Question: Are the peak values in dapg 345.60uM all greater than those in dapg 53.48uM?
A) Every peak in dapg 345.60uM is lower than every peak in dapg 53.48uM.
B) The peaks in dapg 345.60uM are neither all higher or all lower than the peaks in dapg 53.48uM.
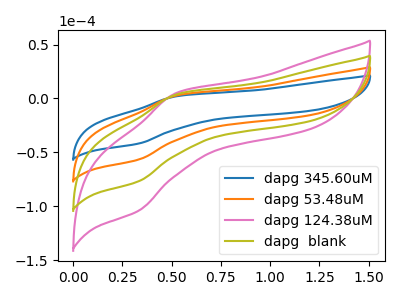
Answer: <think>The blue curve "dapg 345.60uM" has an anodic peak at (0.55V, 2.10uA) and a cathodic peak at (0.35V, -41.75uA). The orange curve "dapg 53.48uM" has an anodic peak at (0.55V, 2.85uA) and a cathodic peak at (0.35V, -56.60uA). The pink curve "dapg 124.38uM" has an anodic peak at (0.55V, 8.60uA) and a cathodic peak at (0.35V, -169.80uA). The olive curve "dapg  blank" has an anodic peak at (0.55V, 5.75uA) and a cathodic peak at (0.35V, -113.20uA).</think>
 <answer>A) Every peak in "dapg 345.60uM" is lower than every peak in "dapg 53.48uM".</answer>
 <eval>A</eval>